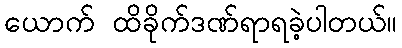
ယောက် ထိခိုက်ဒဏ်ရာရခဲ့ပါတယ်။